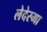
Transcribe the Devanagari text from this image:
लेदेस्मा